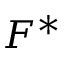
\b { F } ^ { * }